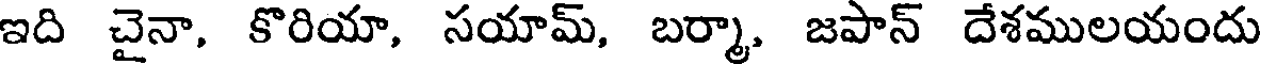
ఇది చైనా, కొరియా, సయామ్, బర్మా, జపాన్ దేశములయందు